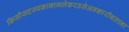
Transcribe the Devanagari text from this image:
किसीसदस्यकानामलेकरउसेअवकारीबताना